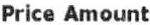
PRICE AMOUNT